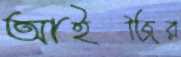
আইজির